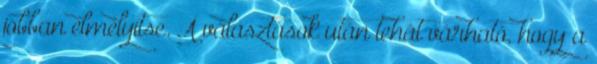
jobban elmélyítse. A választások után tehát várható, hogy a